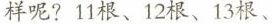
样呢?11根、12根、13根、